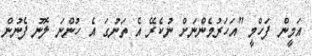
އަމީން ފަހްމީ "އަހަރުމެންނަށް ނުކެރޭ އެ ތަނުގަ އެ ހުންނަ ލޮނު ފެނުން